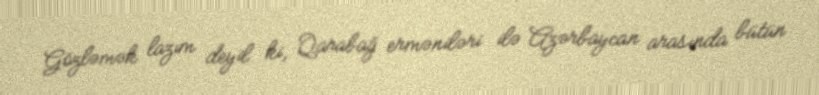
Gözləmək lazım deyil ki, Qarabağ erməniləri ilə Azərbaycan arasında bütün